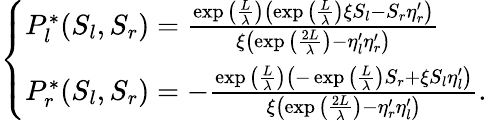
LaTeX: \left\{ \begin{array}{ll}{P_{l}^{*}(S_{l},S_{r})=\frac{\exp{\left(\frac{L}{\lambda}\right)}\left(\exp{\left(\frac{L}{\lambda}\right)}\xi S_{l}-S_{r}\eta_{r}^{\prime}\right)}{\xi\left(\exp{\left(\frac{2L}{\lambda}\right)}-\eta_{l}^{\prime}\eta_{r}^{\prime}\right)}}\\ {P_{r}^{*}(S_{l},S_{r})=-\frac{\exp{\left(\frac{L}{\lambda}\right)}\left(-\exp{\left(\frac{L}{\lambda}\right)}S_{r}+\xi S_{l}\eta_{l}^{\prime}\right)}{\xi\left(\exp{\left(\frac{2L}{\lambda}\right)}-\eta_{r}^{\prime}\eta_{l}^{\prime}\right)}.}\end{array}\right.